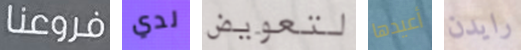
فروعنا لدي لتعويض أعيدها رايدن